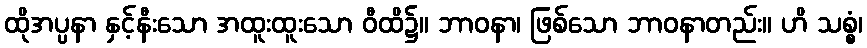
ထိုအပ္ပနာ နှင့်နီးသော အထူးထူးသော ဝီထိ၌။ ဘာဝနာ၊ ဖြစ်သော ဘာဝနာတည်း။ ဟိ သစ္စံ၊